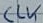
Text: CLK